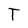
Character: T